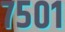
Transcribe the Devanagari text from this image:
७५०१